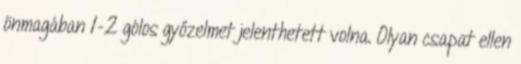
önmagában 1-2 gólos győzelmet jelenthetett volna. Olyan csapat ellen